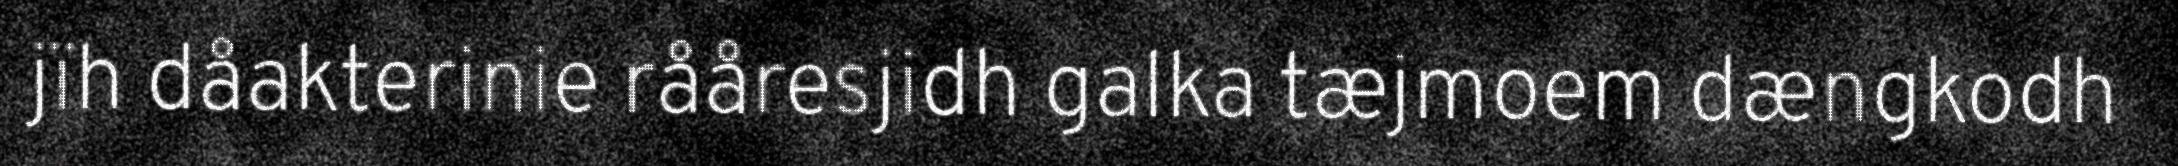
jïh dåakterinie rååresjidh galka tæjmoem dængkodh